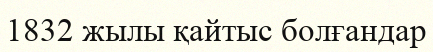
1832 жылы қайтыс болғандар